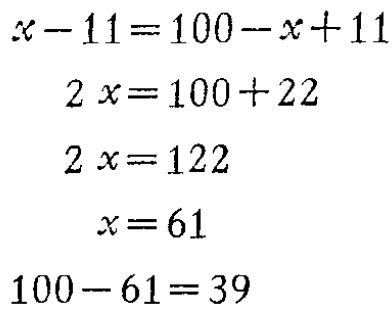
\[

\begin{align*}

x - 11&=100 - x + 11\\

2x&=100 + 22\\

2x&=122\\

x&=61\\

100 - 61&=39

\end{align*}

\]